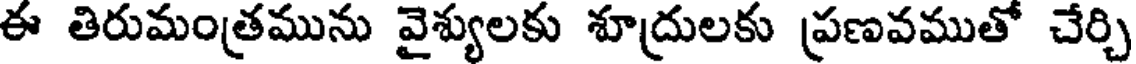
ఈ తిరుమంత్రమును వైశ్యులకు శూద్రులకు ప్రణవముతో చేర్చి